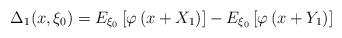
LaTeX: \begin{align*}\Delta_{1}(x,\xi_0)=E_{\xi_0}\left[\varphi\left(x+X_{1}\right)\right]-E_{\xi_{0}}\left[\varphi\left(x+Y_{1}\right)\right]\end{align*}